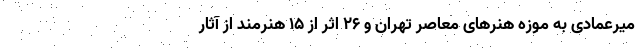
میرعمادی به موزه هنرهای معاصر تهران و ۲۶ اثر از ۱۵ هنرمند از آثار